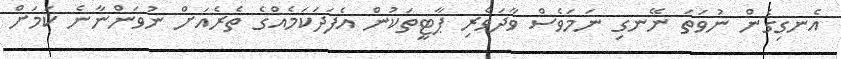
އެނގިގެން ނުވަތަ ނޭނގި ނަމަވެސް ވާދަވެރި ޕާޓީތަކުން އެފަދަކަމެއްގެ ތެރެއަށް ނުވަންނާނެ ކަމަށް